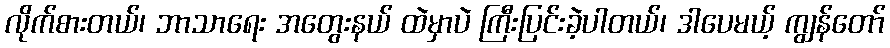
လိုက်စားတယ်၊ ဘာသာရေး အတွေးနယ် ထဲမှာပဲ ကြီးပြင်းခဲ့ပါတယ်၊ ဒါပေမယ့် ကျွန်တော်